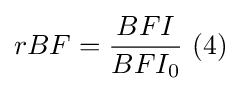
rBF={\frac {BFI}{BFI_{0}}}~(4)